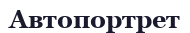
Автопортрет